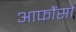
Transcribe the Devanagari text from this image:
आफौंसो